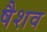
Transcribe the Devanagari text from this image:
षैशव